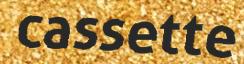
cassette